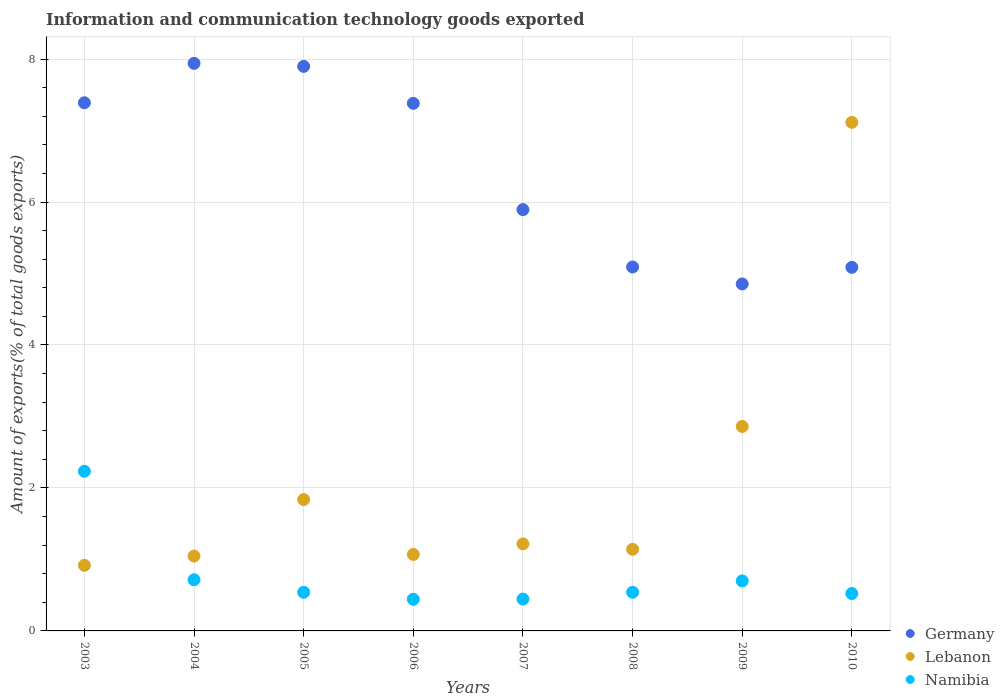
| Years | Germany | Lebanon | Namibia |
 | --- | --- | --- | --- |
 | 2003 | 7.39 | 0.917 | 2.23 |
 | 2004 | 7.94 | 1.05 | 0.716 |
 | 2005 | 7.9 | 1.84 | 0.54 |
 | 2006 | 7.38 | 1.07 | 0.443 |
 | 2007 | 5.89 | 1.22 | 0.446 |
 | 2008 | 5.09 | 1.14 | 0.541 |
 | 2009 | 4.85 | 2.86 | 0.7 |
 | 2010 | 5.09 | 7.11 | 0.523 |